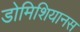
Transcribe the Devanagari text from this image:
डोमिशियानस